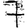
Digit: 7